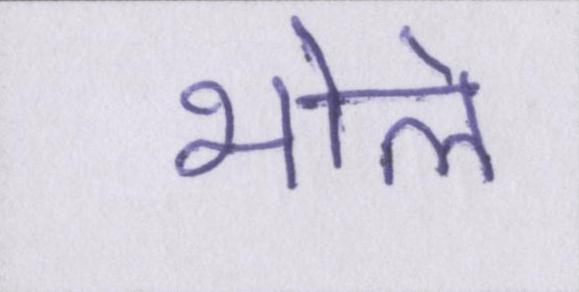
भोले